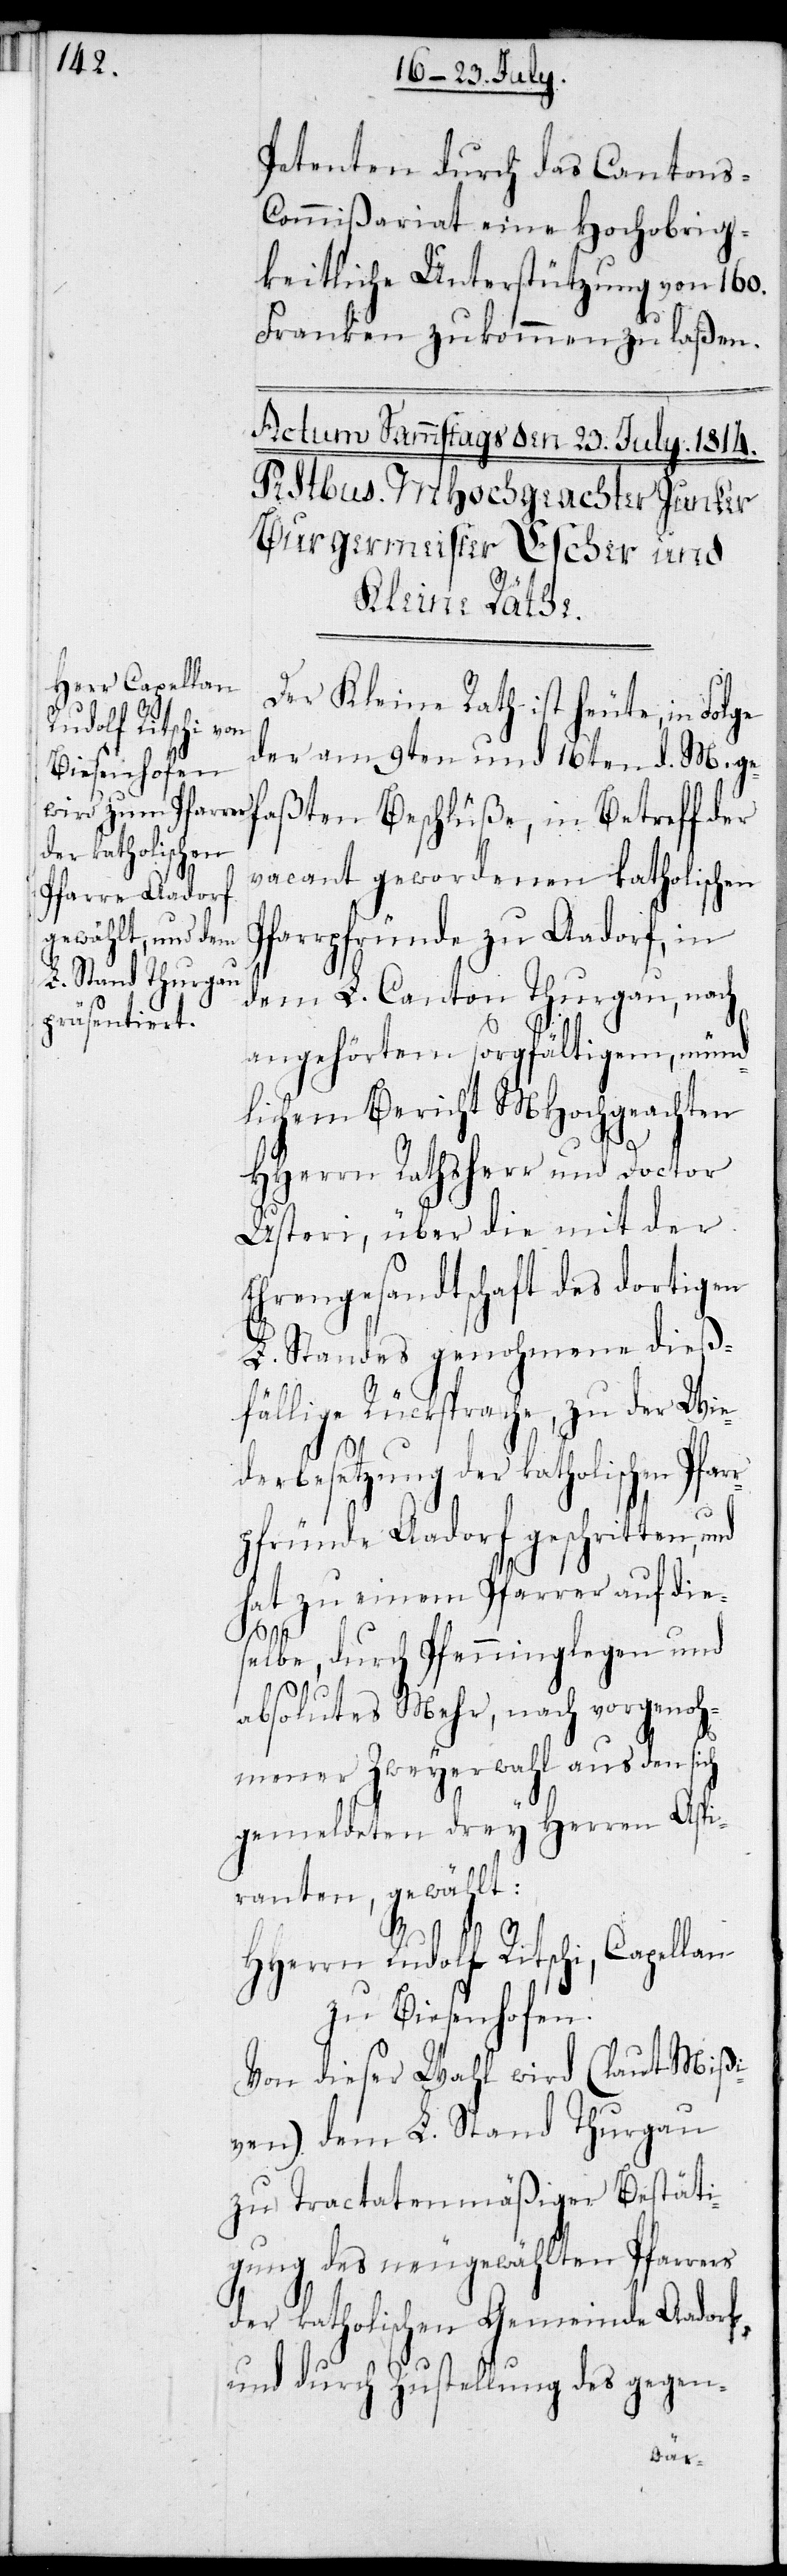
Petenten durch das Canton¬
s-Commißariat eine Hochobrig¬
keitliche Unterstützung von 160.
Franken zukommen zu laßen.
Der Kleine Rath ist heute, in Folge
der am 9ten und 16ten d. M. ge¬
faßten Beschlüße, in Betreff der
vacant gewordenen katholischen
Pfarrpfründe zu Aadorf, in
dem L. Canton Thurgau, nach
angehörtem sorgfältigem, münd¬
lichem Bericht MHochgeachter
HHerrn Rathsherr und Doctor
Usteri, über die mit der
Ehrengesandtschaft des dortigen
L. Standes genohmene dieß¬
fällige Rücksprache, zu der Wie¬
derbesetzung der katholischen Pf¬
pfründe Aadorf geschritten,
hat zu einem Pfarrer auf die¬
selbe, durch Pfenninglegen und
absolutes Mehr, nach vorgenoh¬
mener Zweyerwahl aus den sich
gemeldeten drey Herren Aspi¬
ranten, gewählt:
HHerrn Rudolf Ritschi, Capellan
zu Biesenhofen.
Von dieser Wahl wird (laut Mißi¬
ven) dem L. Stand Thurgau
zu Tractatenmäßiger Bestäti¬
gung des neugewählten Pfarrers
der katholischen Gemeinde Aadorf,
und durch Zustellung des gegen-
arr¬